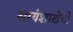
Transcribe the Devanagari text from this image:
सायंशाखेची